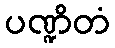
ပဏ္ဍိတံ